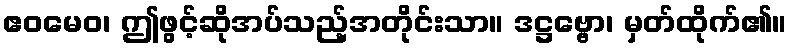
ဧဝမေဝ၊ ဤဖွင့်ဆိုအပ်သည့်အတိုင်းသာ။ ဒဋ္ဌဗ္ဗော၊ မှတ်ထိုက်၏။